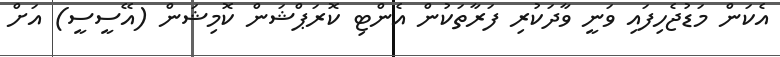
އެކަން މަޑުޖެހިފައި ވަނީ ވާދަކުރި ފަރާތަކުން އެންޓި ކޮރަޕްޝަން ކޮމިޝަން (އޭސީސީ) އަށް